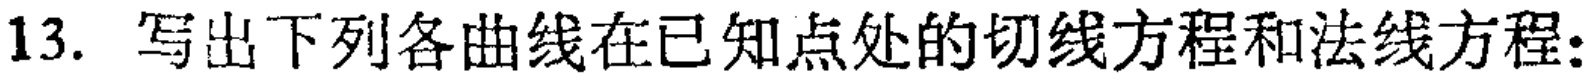
13. 写出下列各曲线在已知点处的切线方程和法线方程: